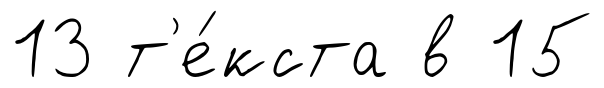
13 т'е́кста в 15